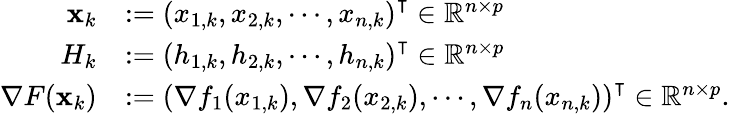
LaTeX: \begin{array}{rl}{\mathbf{x}_{k}}&{:=\left(x_{1,k},x_{2,k},\cdots,x_{n,k}\right)^{\intercal}\in\mathbb{R}^{n\times p}}\\ {H_{k}}&{:=\left(h_{1,k},h_{2,k},\cdots,h_{n,k}\right)^{\intercal}\in\mathbb{R}^{n\times p}}\\ {\nabla F(\mathbf{x}_{k})}&{:=\left(\nabla f_{1}(x_{1,k}),\nabla f_{2}(x_{2,k}),\cdots,\nabla f_{n}(x_{n,k})\right)^{\intercal}\in\mathbb{R}^{n\times p}.}\end{array}